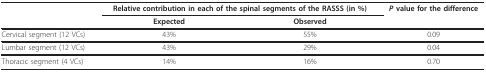
|  | <COLSPAN=2> Relative contribution in each of the spinal segments of the RASSS (in %) | P value for the difference |
 |  | Expected | Observed |  |
 | --- | --- | --- | --- |
 | Cervical segment (12 VCs) | 43% | 55% | 0.09 |
 | Lumbar segment (12 VCs) | 43% | 29% | 0.04 |
 | Thoracic segment (4 VCs) | 14% | 16% | 0.70 |